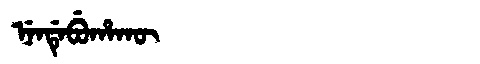
Manchu: ᠨᡝᠨᡩᡝᠪᡠᡥᠠᡴᡡ
Romanization: NENDEBUHAKŪ